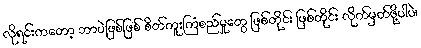
လိုရင်းကတော့ ဘာပဲဖြစ်ဖြစ် စိတ်ကူးကြံစည်မှုတွေ ဖြစ်တိုင်း ဖြစ်တိုင်း လိုက်မှတ်ဖို့ပါပဲ၊